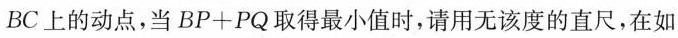
BC上的动点，当BP+PQ取得最小值时，请用无该度的直尺，在如